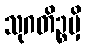
သုဂတိဉ္စမှိ